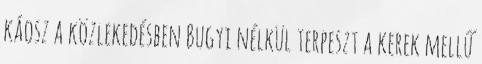
káosz a közlekedésben Bugyi nélkül terpeszt a kerek mellű